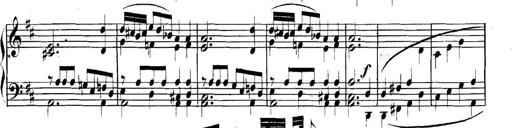
Title: Collected Piano Sonatas
Composer: Muzio Clementi